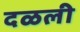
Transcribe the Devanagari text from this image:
दळली